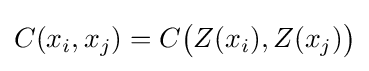
C(x_{i},x_{j})=C{\big (}Z(x_{i}),Z(x_{j}){\big )}